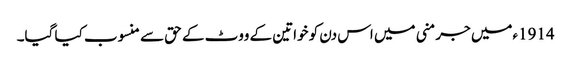
1914ءمیں جرمنی میں اس دن کو خواتین کے ووٹ کے حق سے منسوب کیا گیا۔